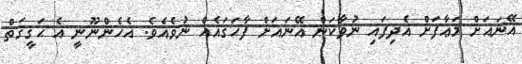
އޭނައަށް މަޢާފަށް އެދިފައި ނުވާކަން އޭނައަށް ފާހަގައެއް ނުވެއެވެ. އެހެންނޫނީ އެ ޙަޤީޤަތް